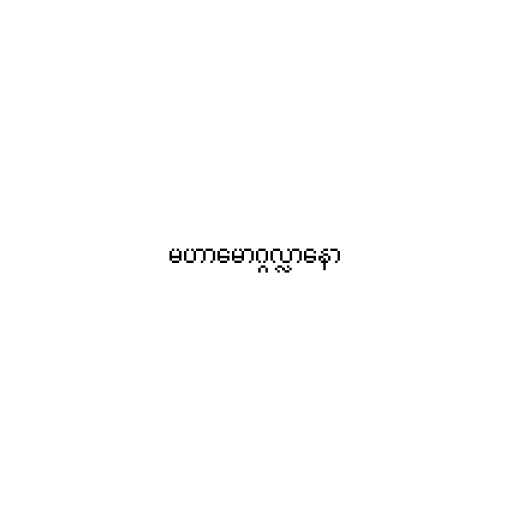
မဟာမောဂ္ဂလ္လာနော